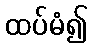
ထပ်မံ၍